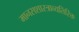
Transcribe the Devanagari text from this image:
मानसशास्त्राव्यतिरिक्त